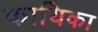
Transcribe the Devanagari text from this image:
कायिका